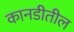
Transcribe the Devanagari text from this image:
कानडीतील